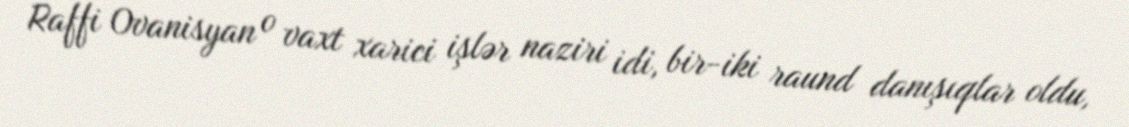
Raffi Ovanisyan o vaxt xarici işlər naziri idi, bir-iki raund danışıqlar oldu,